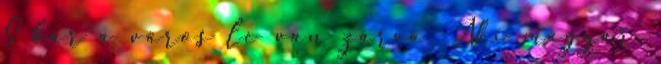
S bár a város le van zárva, Aki magyar,